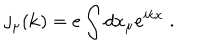
j _ { \mu } ( { \bf k } ) = e \int d x _ { \mu } e ^ { i k x } \; .